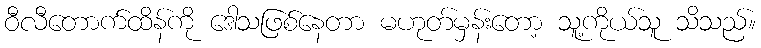
ဝီလီတောက်ထိန်ကို ဒေါသဖြစ်နေတာ မဟုတ်မှန်းတော့ သူ့ကိုယ်သူ သိသည်။